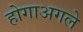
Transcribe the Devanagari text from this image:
होगाअगले